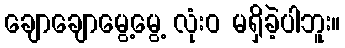
ချောချောမွေ့မွေ့ လုံးဝ မရှိခဲ့ပါဘူး။